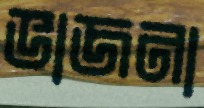
ভাজনা